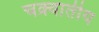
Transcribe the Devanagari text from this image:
चक्र्वातीय